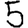
Digit: 5